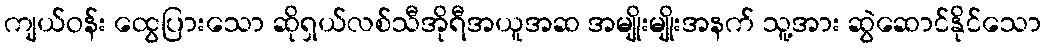
ကျယ်ဝန်း ထွေပြားသော ဆိုရှယ်လစ်သီအိုရီအယူအဆ အမျိုးမျိုးအနက် သူ့အား ဆွဲဆောင်နိုင်သော